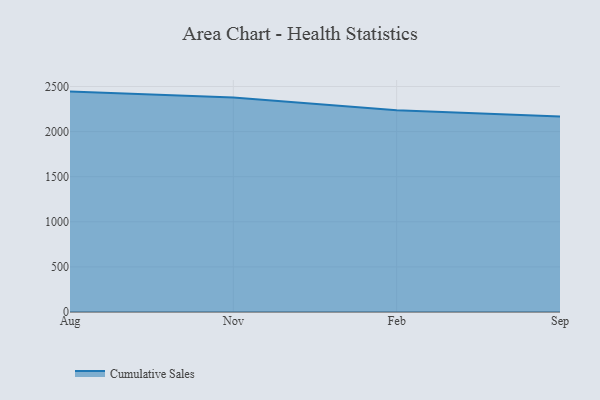
{"axis": {"x": "Month", "y": "Gross Profit (USD K)"}, "legend": ["Cumulative Sales"], "data": [{"x": "Aug", "y": 2443.5, "type": "Cumulative Sales"}, {"x": "Nov", "y": 2377.6, "type": "Cumulative Sales"}, {"x": "Feb", "y": 2235.4, "type": "Cumulative Sales"}, {"x": "Sep", "y": 2167.2, "type": "Cumulative Sales"}]}